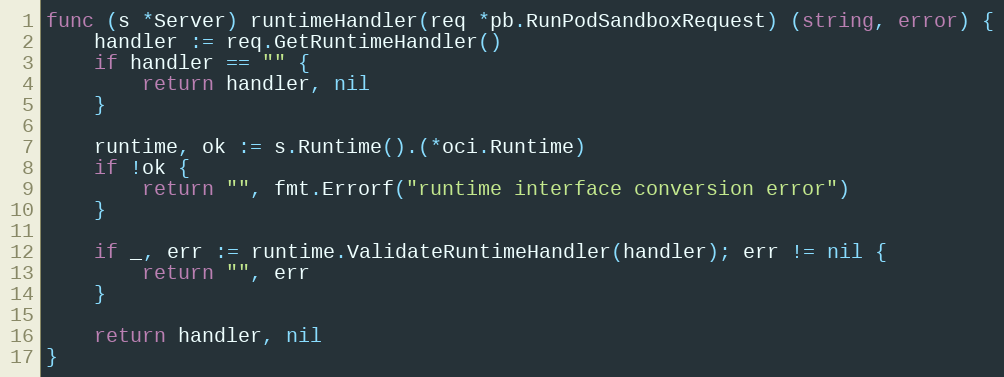
Language: Go
func (s *Server) runtimeHandler(req *pb.RunPodSandboxRequest) (string, error) {
	handler := req.GetRuntimeHandler()
	if handler == "" {
		return handler, nil
	}

	runtime, ok := s.Runtime().(*oci.Runtime)
	if !ok {
		return "", fmt.Errorf("runtime interface conversion error")
	}

	if _, err := runtime.ValidateRuntimeHandler(handler); err != nil {
		return "", err
	}

	return handler, nil
}